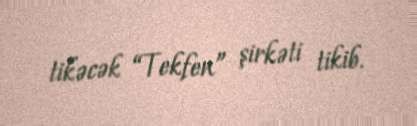
tikəcək “Tekfen” şirkəti tikib.